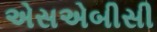
એસએબીસી